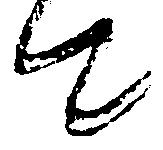
て